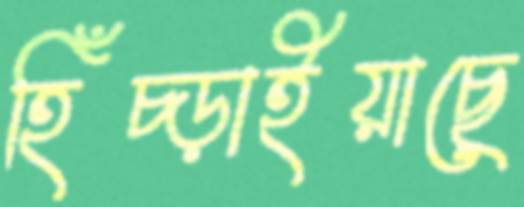
হিঁচ্‌ড়াইয়াছে